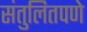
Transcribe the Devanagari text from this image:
संतुलितपणे